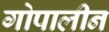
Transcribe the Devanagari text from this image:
गोपालीन